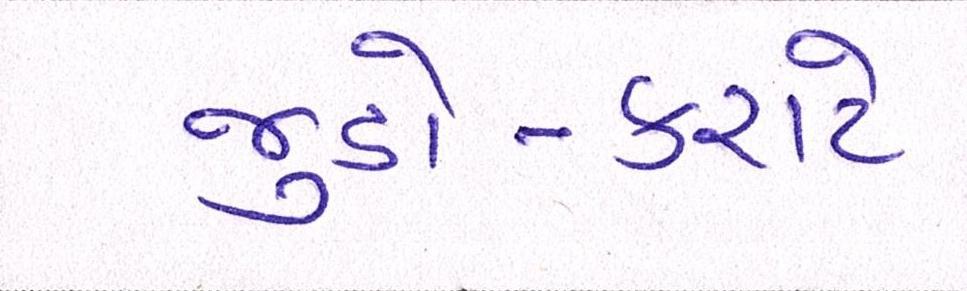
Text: જુડો-કરાટે